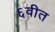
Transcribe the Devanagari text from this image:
६वीत